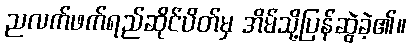
ညလက်ဖက်ရည်ဆိုင်ပိတ်မှ အိမ်သို့ပြန်ဆွဲခဲ့၏။